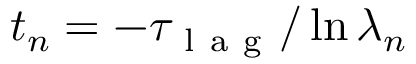
t _ { n } = - \tau _ { \mathrm { ~ l ~ a ~ g ~ } } / \ln { \lambda _ { n } }